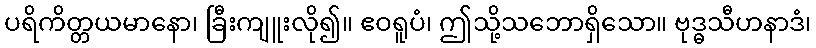
ပရိကိတ္တယမာနော၊ ခြီးကျူးလို၍။ ဧဝရူပံ၊ ဤသို့သဘောရှိသော။ ဗုဒ္ဓသီဟနာဒံ၊